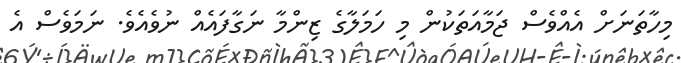
މިހާތަނަށް އެއްވެސް ޖަމާއަތަކުން މި ހަމަލާގެ ޒިންމާ ނަގާފައެއް ނުވެއެވެ. ނަމަވެސް އެ